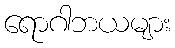
ရောဂါဘယများ